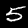
Label: 5